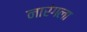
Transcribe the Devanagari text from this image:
नारंगला